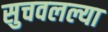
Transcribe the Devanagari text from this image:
सुचवलल्या